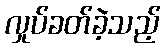
လှုပ်ခတ်ခဲ့သည့်